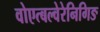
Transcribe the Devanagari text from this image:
वोएत्बल्वेरेनिगिङ